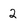
Character: 2